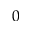
0